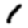
Digit: 1